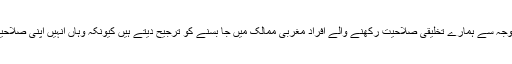
ہم لوگ چونکہ اس میدان میں پیچھے ہیں ، اس وجہ سے ہمارے تخلیقی صلاحیت رکھنے والے افراد مغربی ممالک میں جا بسنے کو ترجیح دیتے ہیں کیونکہ وہاں انہیں اپنی صلاحیتوں کے اظہار کے مواقع میسر ہوا کرتے ہیں ۔